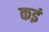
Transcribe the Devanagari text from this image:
कइं